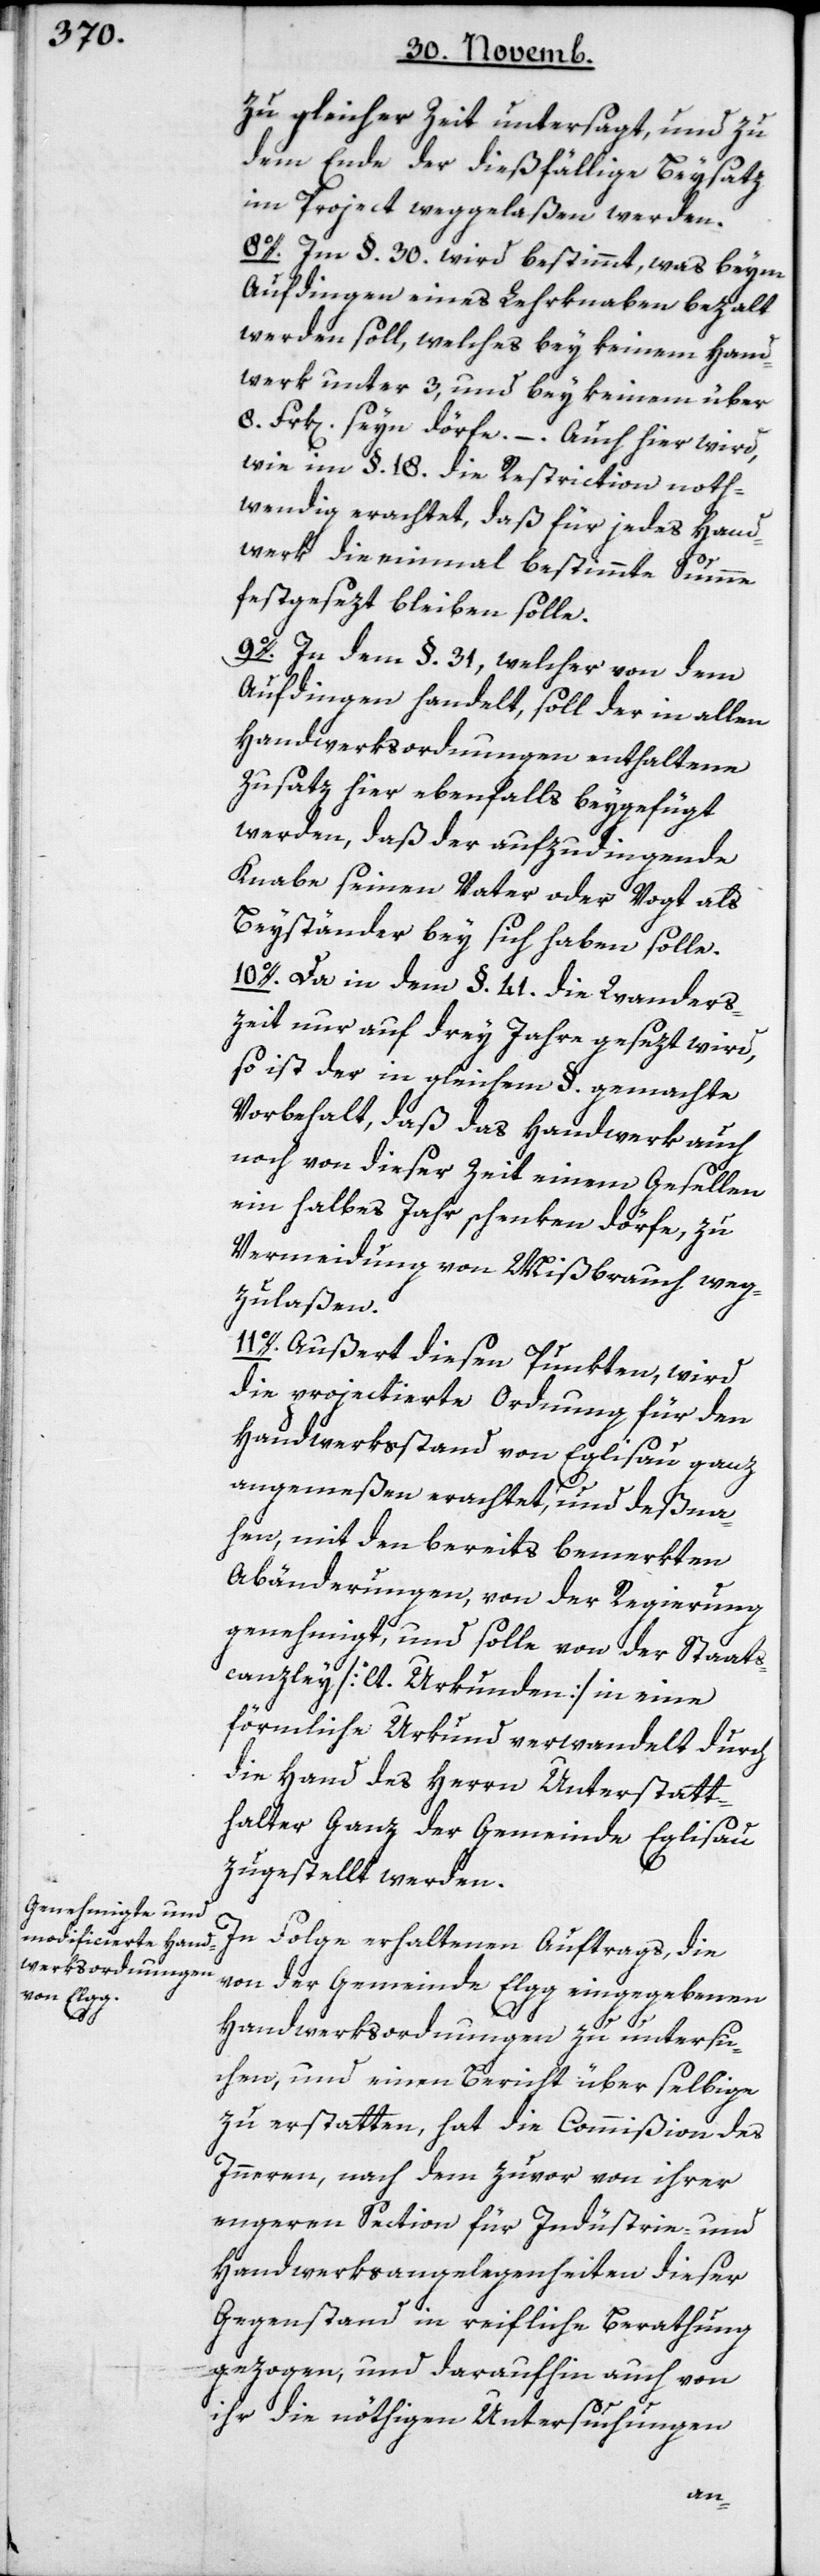
zu gleicher Zeit untersagt, und zu
dem Ende der dießfällige Beysatz
im Project weggelaßen werden.
8o. Im §. 30. wird bestimmt, was beym
Aufdingen eines Lehrknaben bezahlt
werden soll, welches bey keinem Hand¬
werk unter 3 und bey keinem über
8. Frk[en]. seyn dörfe. – Auch hier wird,
wie im §. 18. die Restriction noth¬
wendig erachtet, daß für jedes Hand¬
werk die einmal bestimmte Summe
festgesezt bleiben solle.
9o. In dem §. 31, welcher von dem
Aufdingen handelt, soll der in allen
Handwerksordnungen enthaltene
Zusatz hier ebenfalls beygefügt
werden, daß der aufzudingende
Knabe seinen Vater oder Vogt als
Beyständer bey sich haben solle.
10o. Da in dem §. 41. die Wanders¬
zeit nur auf drey Jahre gesezt wird,
so ist der in gleichem §. gemachte
Vorbehalt, daß das Handwerk auch
noch von dieser Zeit einem Gesellen
ein halbes Jahr schenken dörfe, zu
Vermeidung von Mißbrauch weg¬
zulaßen.
11o. Außert diesen Punkten, wird
die projectierte Ordnung für den
Handwerksstand von Eglisau ganz
angemeßen erachtet, und deßna¬
hen mit den bereits bemerkten
Abänderungen, von der Regierung
genehmigt, und solle von der Staats¬
canzley [lt. Urkunden] in eine
förmliche Urkund verwandelt durch
die Hand des Herrn Unterstatt¬
halter ganz der Gemeinde Eglisau
zugestellt werden.
In Folge erhaltenen Auftrags, die
von der Gemeinde Elgg eingegebenen
Handwerksordnungen zu untersu¬
chen, und einen Bericht über selbige
zu erstatten, hat die Commißion des
Innern, nach dem zuvor von ihrer
engeren Section für Industrie- und
Handwerksangelegenheiten dieser
Gegenstand in reifliche Berathung
gezogen, und daraufhin auch von
ihr die nöthigen Untersuchungen